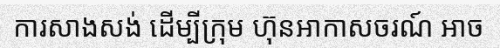
ការសាងសង់ ដើម្បីក្រុម ហ៊ុនអាកាសចរណ៍ អាច